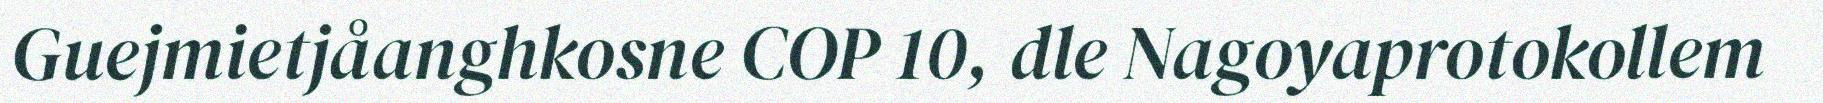
Guejmietjåanghkosne COP 10, dle Nagoyaprotokollem